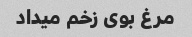
مرغ بوی زخم میداد